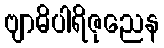
ဗျာဓိပါရိဇုညေန